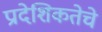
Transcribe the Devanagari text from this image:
प्रादेशिकतेचे